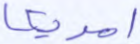
امريكا